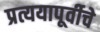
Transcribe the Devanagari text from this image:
प्रत्ययापूर्वीचे